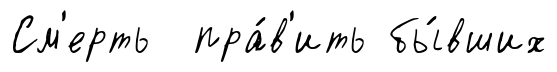
См'ерть пра́в'ить бы́вших